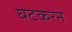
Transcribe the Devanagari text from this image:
घटकरन